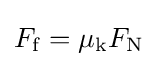
F_{\mathrm {f} }=\mu _{\mathrm {k} }F_{\mathrm {N} }